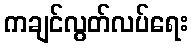
ကချင်လွတ်လပ်ရေး